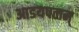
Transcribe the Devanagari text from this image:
आडयपलम्‌